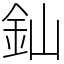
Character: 𨥉